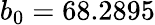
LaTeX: b_{0}=68.2895